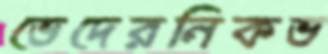
ভেদেরনিকভ